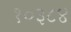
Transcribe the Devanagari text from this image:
१०३८४